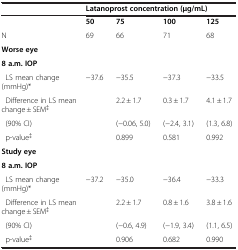
|  | <COLSPAN=4> Latanoprost concentration (μg/mL) |
 | --- | --- | --- | --- | --- |
 |  | 50 | 75 | 100 | 125 |
 | N | 69 | 66 | 71 | 68 |
 | <COLSPAN=5> Worse eye |
 | <COLSPAN=5> 8 a.m. IOP |
 | LS mean change (mmHg)* | −37.6 | −35.5 | −37.3 | −33.5 |
 | Difference in LS mean change ± SEM‡ |  | 2.2 ± 1.7 | 0.3 ± 1.7 | 4.1 ± 1.7 |
 | (90% CI) |  | (−0.06, 5.0) | (−2.4, 3.1) | (1.3, 6.8) |
 | p-value‡ |  | 0.899 | 0.581 | 0.992 |
 | <COLSPAN=5> Study eye |
 | <COLSPAN=5> 8 a.m. IOP |
 | LS mean change (mmHg)* | −37.2 | −35.0 | −36.4 | −33.3 |
 | Difference in LS mean change ± SEM‡ |  | 2.2 ± 1.7 | 0.8 ± 1.6 | 3.8 ± 1.6 |
 | (90% CI) |  | (−0.6, 4.9) | (−1.9, 3.4) | (1.1, 6.5) |
 | p-value‡ |  | 0.906 | 0.682 | 0.990 |